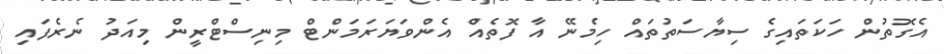
އެގޮތުން ހަކަތައިގެ ސިޔާސަތުތައް ހިމެނޭ އާ ފޮތެއް އެންވަޔަރަމަންޓް މިނިސްޓްރީން މިއަދު ނެރެފައި